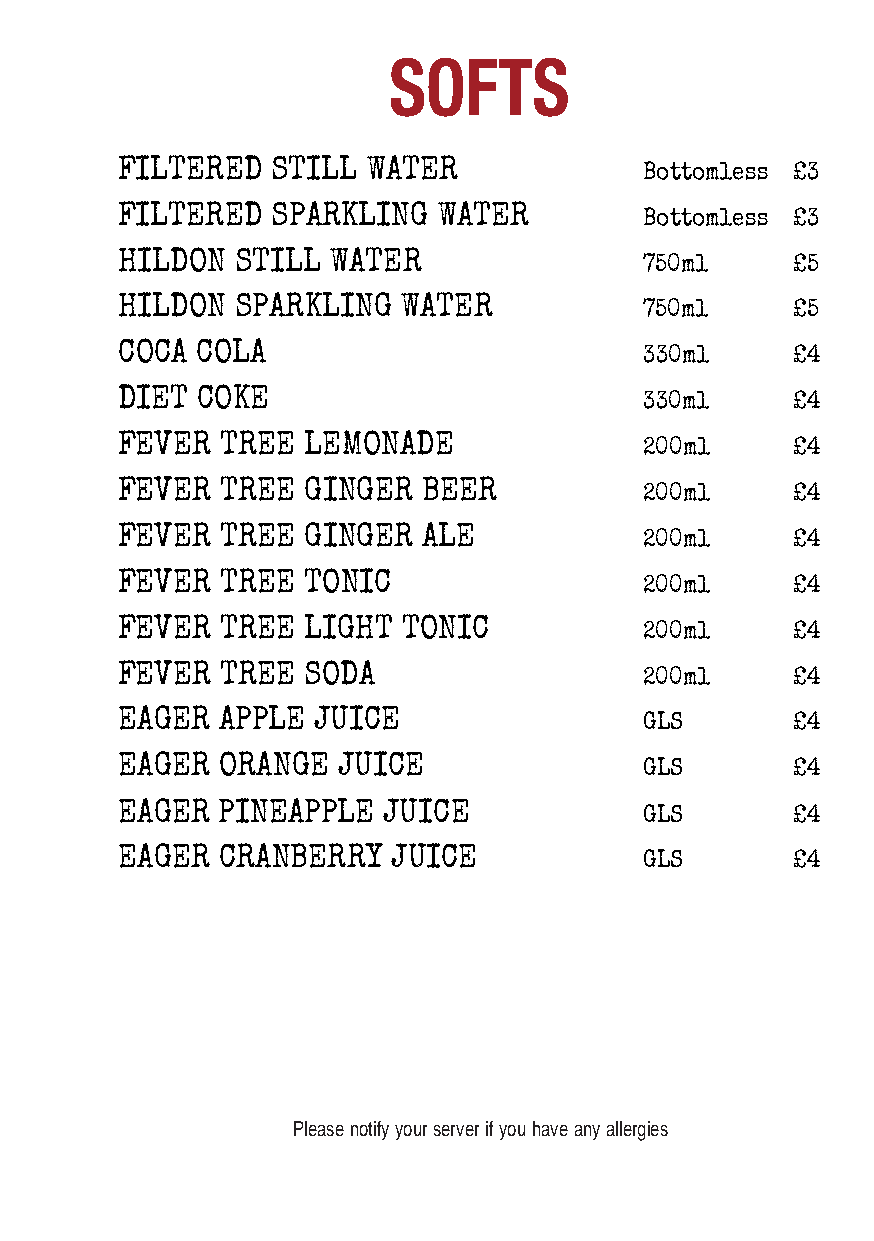
SOFTS
 FILTERED  STILL WATER              Bottomless £3
 FILTERED  SPARKLING  WATER         Bottomless £3
 HILDON  STILL WATER                750ml     £5
 HILDON  SPARKLING  WATER           750ml     £5
 COCA COLA                          330ml     £4
 DIET COKE                          330ml     £4
 FEVER  TREE LEMONADE               200ml     £4
 FEVER  TREE GINGER  BEER           200ml     £4
 FEVER  TREE GINGER  ALE            200ml     £4
 FEVER  TREE TONIC                  200ml     £4
 FEVER  TREE LIGHT  TONIC           200ml     £4
 FEVER  TREE SODA                   200ml     £4
 EAGER APPLE  JUICE                 GLS       £4
 EAGER ORANGE  JUICE                GLS       £4
 EAGER PINEAPPLE  JUICE             GLS       £4
 EAGER CRANBERRY   JUICE            GLS       £4
 Please notify your server if you have any allergies